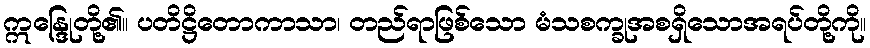
ဣန္ဒြေုတို့၏။ ပတိဋ္ဌိတောကာသာ၊ တည်ရာဖြစ်သော မံသစက္ခုအစရှိသောအရပ်တို့ကို။